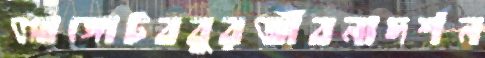
আঙ্গোটববুরজীবনাদর্শন